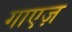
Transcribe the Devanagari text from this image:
गाएज़